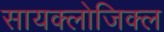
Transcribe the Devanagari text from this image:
सायक्लोजिक्ल